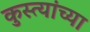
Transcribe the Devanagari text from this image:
कुस्त्यांच्या